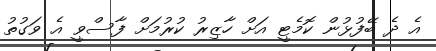
އެ ދެ ބޭފުޅުން ކޮމެޓީ އަށް ހާޒިރު ކުރުމަށް ފާސްވީ އެ ވަގުތު